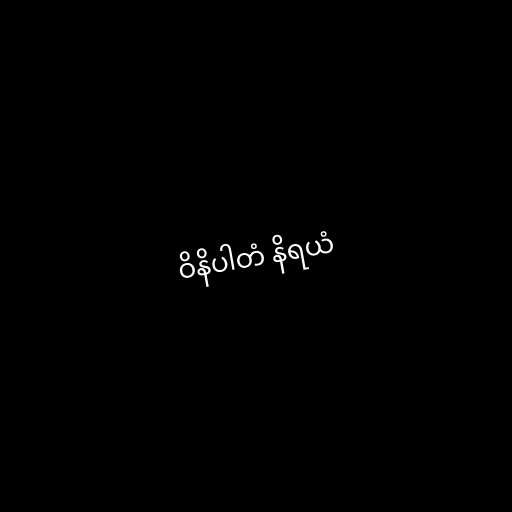
ဝိနိပါတံ နိရယံ